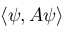
\langle \psi , A \psi \rangle